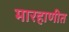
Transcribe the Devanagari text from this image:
मारहाणीत